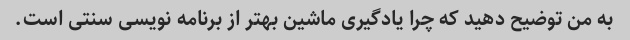
به من توضیح دهید که چرا یادگیری ماشین بهتر از برنامه نویسی سنتی است.